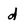
Character: d